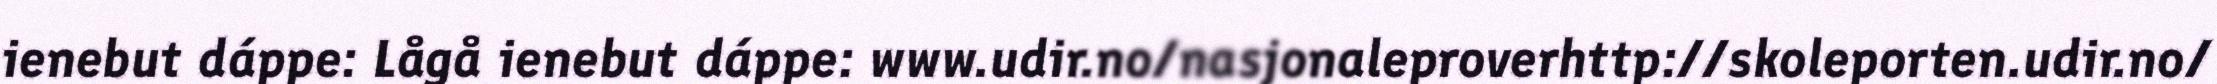
ienebut dáppe: Lågå ienebut dáppe: www.udir.no/nasjonaleproverhttp://skoleporten.udir.no/